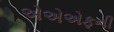
એએએફની